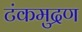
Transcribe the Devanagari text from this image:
टंकमुद्रण